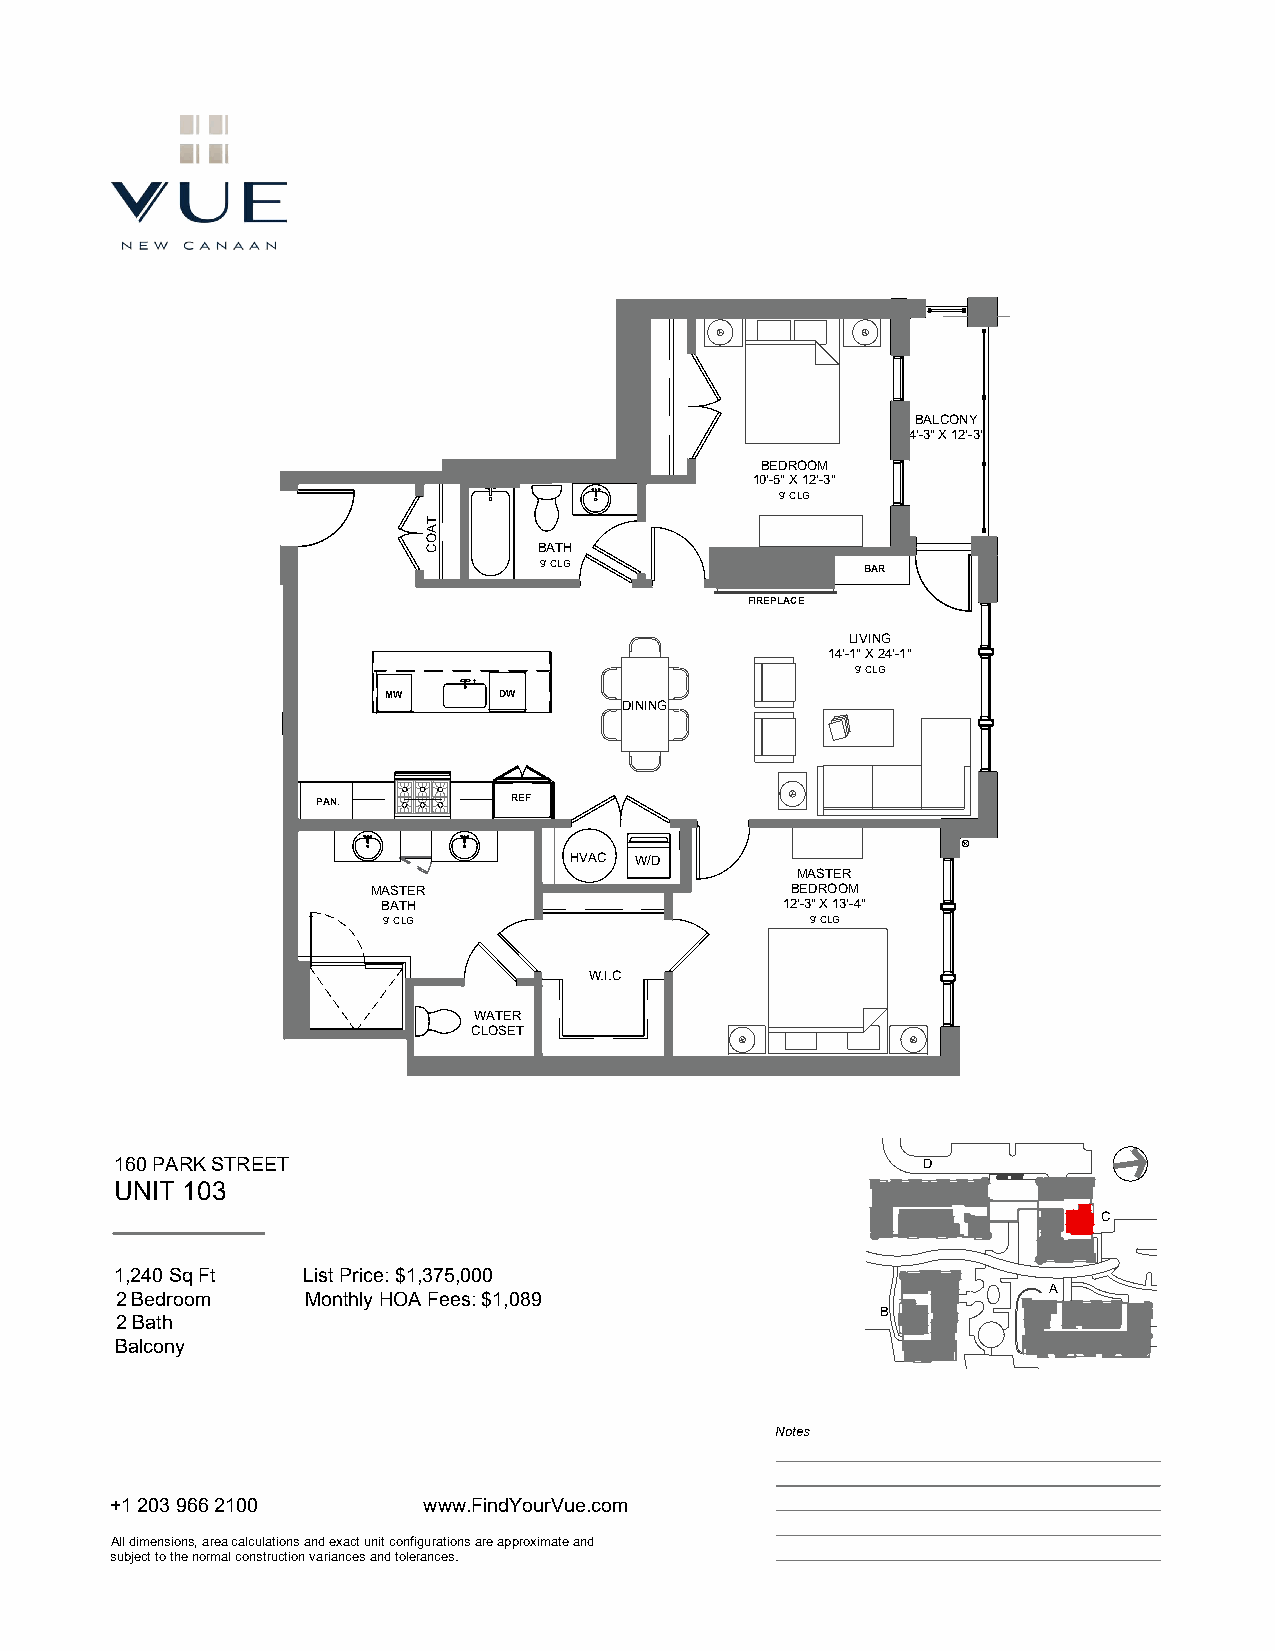
BALCONY
 4'-3" X 12'-3"
 BEDROOM
 10'-5" X 12'-3"
 9' CLG
 BATH
 9' CLG               BAR
 FIREPLACE
 LIVING
 14'-1" X 24'-1"
 9' CLG
 MW     DW
 DINING
 PAN.         REF
 HVAC W/D
 MASTER
 MASTER                     BEDROOM
 BATH                       12'-3" X 13'-4"
 9' CLG                       9' CLG
 W.I.C
 WATER
 CLOSET
 160 PARK STREET                                      D
 UNIT 103
 C
 1,240 Sq Ft List Price: $1,375,000
 A
 2 Bedroom   Monthly HOA Fees: $1,089
 B
 2 Bath
 Balcony
 Notes
 +1 203 966 2100      www.FindYourVue.com
 All dimensions, area calculations and exact unit configurations are approximate and
 subject to the normal construction variances and tolerances.
 TAOC